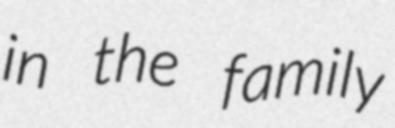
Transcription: in the family